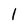
Character: I